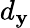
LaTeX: d_{\mathbf{y}}